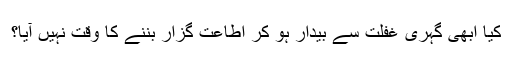
کیا ابھی گہری غفلت سے بیدار ہو کر اطاعت گزار بننے کا وقت نہیں آیا؟